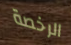
الرخصة